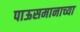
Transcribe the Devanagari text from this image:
पाऊसमानाच्या